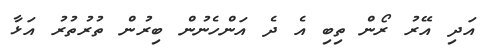
އަދި އޭރު ރޯން ތިބި އެ ދެ އަންހެނުން ބިރުން ތުރުތުރު އަޅާ